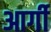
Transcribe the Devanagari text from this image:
आर्गी